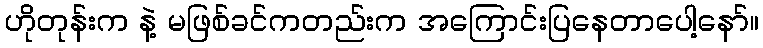
ဟိုတုန်းက နဲ့ မဖြစ်ခင်ကတည်းက အကြောင်းပြနေတာပေါ့နော်။